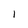
Character: I